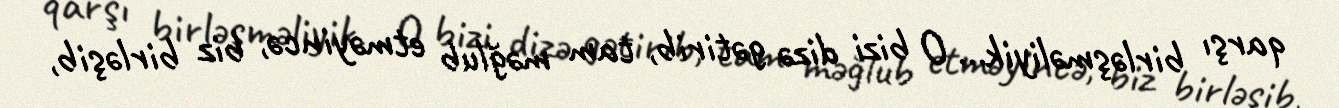
qarşı birləşməliyik... O bizi dizə gətirib, tam məğlub etməyincə, biz birləşib,